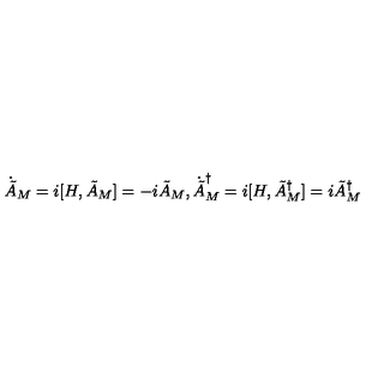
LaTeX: \dot { \tilde { A } } _ { M } = i [ H , \tilde { A } _ { M } ] = - i \tilde { A } _ { M } , \dot { \tilde { A } } _ { M } ^ { \dagger } = i [ H , \tilde { A } _ { M } ^ { \dagger } ] = i \tilde { A } _ { M } ^ { \dagger }